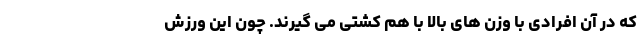
که در آن افرادی با وزن های بالا با هم کشتی می گیرند. چون این ورزش